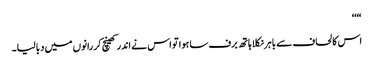
“‘‘
اس کا لحاف سے باہر نکلا ہاتھ برف سا ہوا تو اس نے اندر کھینچ کر رانوں میں دبا لیا۔